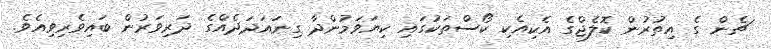
ޗެން ގެ އިތުރުން ކޮލެޖްގެ އެކިއެކި ކޯސްތަކުގައި ކިޔަވަމުންދާ ގިނައަދަދެއްގެ ދަރިވަރުން ބައިވެރިވިއެވެ.